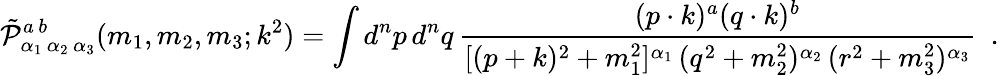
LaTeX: \tilde{\cal P}_{\alpha_{1}\, \alpha_{2}\, \alpha_{3}}^{a\, b}(m_{1},m_{2},m_{3};k^{2})=\int d^{n}p\, d^{n}q\, \frac{(p\cdot k)^{a}(q\cdot k)^{b}}{[(p+k)^{2}+m_{1}^{2}]^{\alpha_{1}}\, (q^{2}+m_{2}^{2})^{\alpha_{2}}\, (r^{2}+m_{3}^{2})^{\alpha_{3}}}~~.